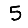
Digit: 5